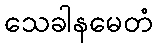
သေခါနမေတံ